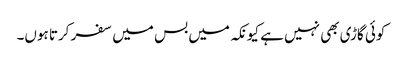
کوئی گاڑی بھی نہیں ہے کیونکہ میں بس میں سفر کرتا ہوں۔